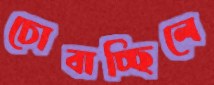
চোবাচ্ছিলে